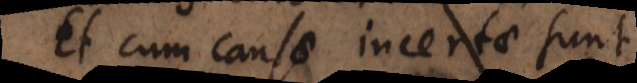
Et cum causae incertae sunt,